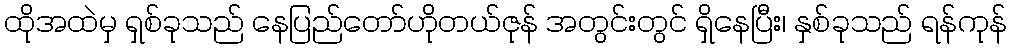
ထိုအထဲမှ ရှစ်ခုသည် နေပြည်တော်ဟိုတယ်ဇုန် အတွင်းတွင် ရှိနေပြီး၊ နှစ်ခုသည် ရန်ကုန်